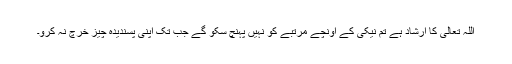
اللہ تعالیٰ کا ارشاد ہے تم نیکی کے اونچے مرتبے کو نہیں پہنچ سکو گے جب تک اپنی پسندیدہ چیز خرچ نہ کرو۔